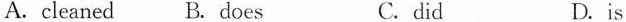
A. cleaned B. does C.did D.is